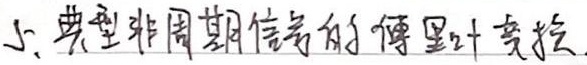
5. 典型非周期信号的傅里叶变换